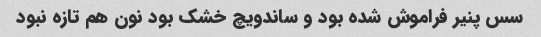
سس پنیر فراموش شده بود و ساندویچ خشک بود نون هم تازه نبود